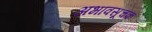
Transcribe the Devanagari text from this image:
अभावसूचक